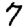
Digit: 7